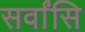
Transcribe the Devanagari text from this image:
सर्वांसि